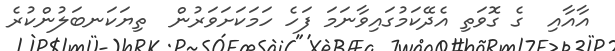
އާއާއި  ގެ ގޮވަތި އެދޭކަމުގައިވާނަމަ ފަހެ ހަމަކަށަވަރުން  ތިޔަކަނބަލުންކުރެ